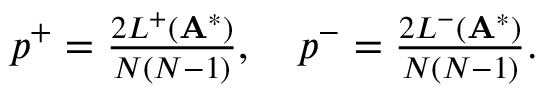
\begin{array} { r } { p ^ { + } = \frac { 2 L ^ { + } ( \mathbf { A } ^ { * } ) } { N ( N - 1 ) } , \quad p ^ { - } = \frac { 2 L ^ { - } ( \mathbf { A } ^ { * } ) } { N ( N - 1 ) } . } \end{array}